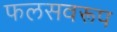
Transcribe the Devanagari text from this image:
फलसवरूप